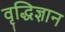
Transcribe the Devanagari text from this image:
वृद्धिज्ञान